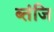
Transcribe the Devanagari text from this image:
ब्तंजि